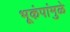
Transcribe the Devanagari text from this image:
भूकंपांमुळे